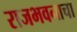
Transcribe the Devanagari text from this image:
राजभवनाचा